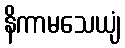
နိကာမသေယျံ